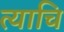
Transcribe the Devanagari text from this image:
त्याचि